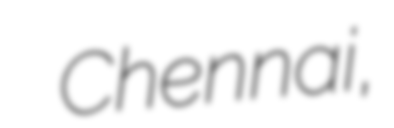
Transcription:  Chennai,